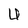
Character: U